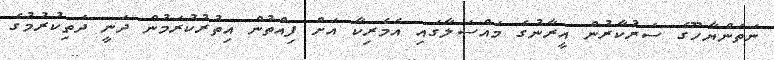
ނަތަންޔާހޫގެ ސަރުކާރުން އީރާނުގެ މައްސަލާގައި އެމެރިކާ އަށް ފިއްތުން އިތުރުކުރަމުން ދަނީ ދަތިކުރުމުގެ